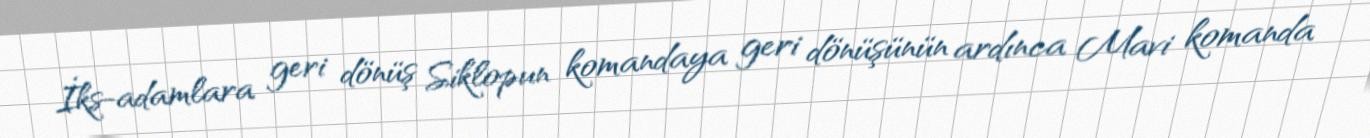
İks-adamlara geri dönüş Siklopun komandaya geri dönüşünün ardınca Mavi komanda